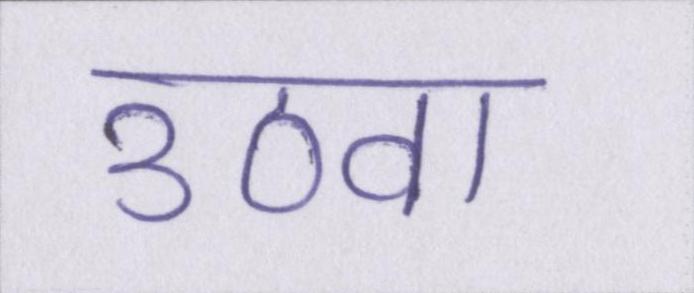
उठवा